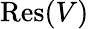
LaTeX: {\mathrm{Res}}(V)